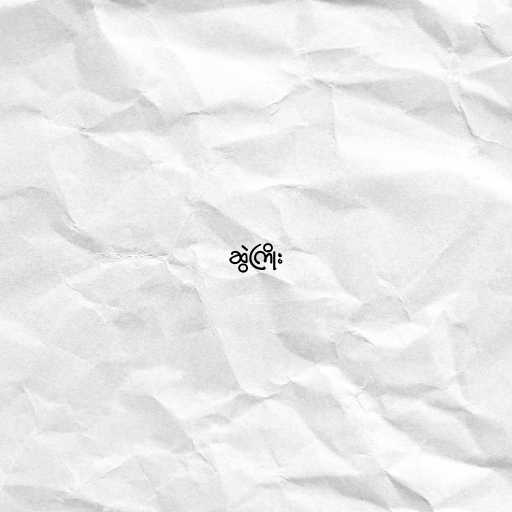
ဆွဲကြိုး